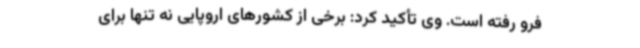
فرو رفته است. وی تأکید کرد: برخی از کشورهای اروپایی نه تنها برای